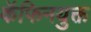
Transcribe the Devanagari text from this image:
कॅफिनयुक्त